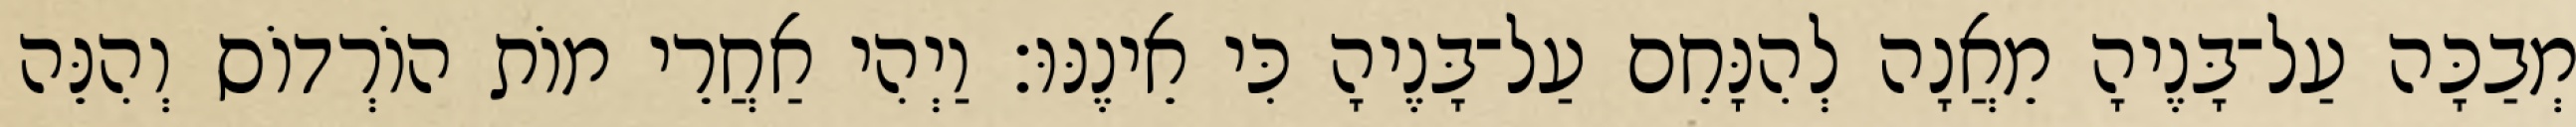
מְבַכָּה עַל־בָּנֶיהָ מֵאֲנָה לְהִנָּחֵם עַל־בָּנֶיהָ כִּי אֵינֶנּוּ׃ וַיְהִי אַחֲרֵי מוֹת הוֹרְדוֹס וְהִנֵּה